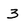
Character: 3